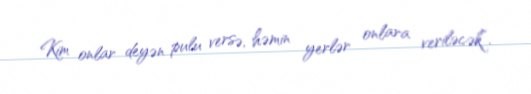
Kim onlar deyən pulu versə, həmin yerlər onlara veriləcək”.